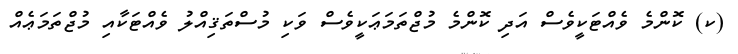
(ކ) ކޮންމެ ވެއްޓަކީވެސް އަދި ކޮންމެ މުޖްތަމަޢަކީވެސް ވަކި މުސްތަޤިއްލު ވެއްޓަކާއި މުޖްތަމަޢެއް